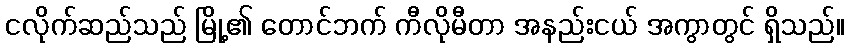
ငလိုက်ဆည်သည် မြို့၏ တောင်ဘက် ကီလိုမီတာ အနည်းငယ် အကွာတွင် ရှိသည်။